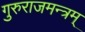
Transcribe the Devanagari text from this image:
गुरुराजमन्त्रम्